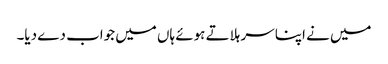
میں نے اپنا سر ہلاتے ہوئے ہاں میں جواب دے دیا۔